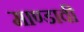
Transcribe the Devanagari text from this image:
माण्डावी